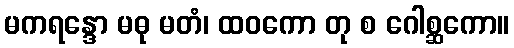
မကရန္ဒော မဓု မတံ၊ ထဝကော တု စ ဂေါစ္ဆကော။